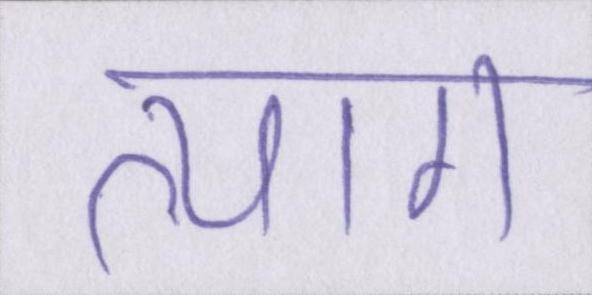
त्याग